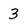
Character: 3